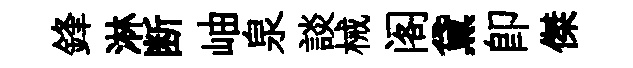
鋒淋断岫泉談械阁黛卽傑